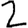
Digit: 2